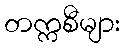
တက္ကစီများ